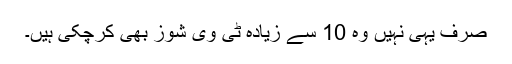
صرف یہی نہیں وہ 10 سے زیادہ ٹی وی شوز بھی کرچکی ہیں۔